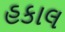
હકાલ